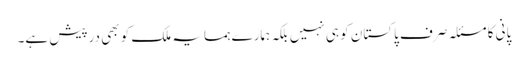
پانی کا مسئلہ صرف پاکستان کو ہی نہیں بلکہ ہمارے ہمسایہ ملک کو بھی درپیش ہے۔